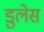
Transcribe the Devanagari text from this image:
डुलेस